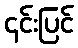
၎င်းပြင်